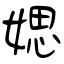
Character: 媤